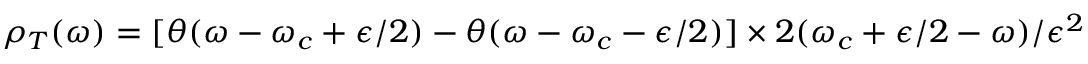
\rho _ { T } ( \omega ) = [ \theta ( \omega - \omega _ { c } + \epsilon / 2 ) - \theta ( \omega - \omega _ { c } - \epsilon / 2 ) ] \times 2 ( \omega _ { c } + \epsilon / 2 - \omega ) / \epsilon ^ { 2 }